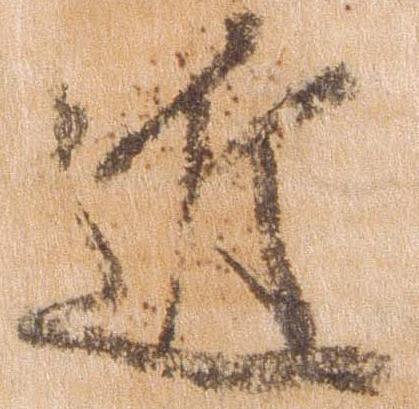
近